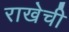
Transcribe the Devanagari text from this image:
राखेची